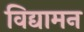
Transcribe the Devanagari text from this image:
विद्यामन